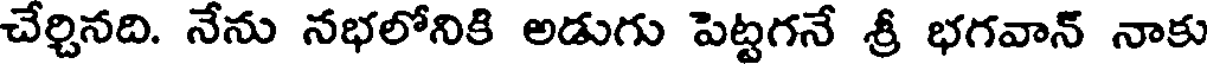
చేర్చినది. నేను నభలోనికి అడుగు పెట్టగనే శ్రీ భగవాన్ నాకు